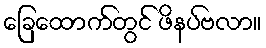
ခြေထောက်တွင် ဖိနပ်ဗလာ။